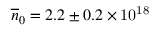
\overline { { n } } _ { 0 } = 2 . 2 \pm 0 . 2 \times \mathrm { 1 0 ^ { 1 8 } }